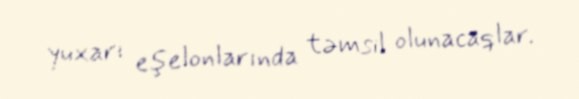
yuxarı eşelonlarında təmsil olunacaqlar.